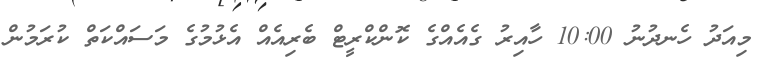
މިއަދު ހެނދުނު 10:00 ހާއިރު ގެއެއްގެ ކޮންކްރީޓް ބެރިއެއް އެޅުމުގެ މަސައްކަތް ކުރަމުން